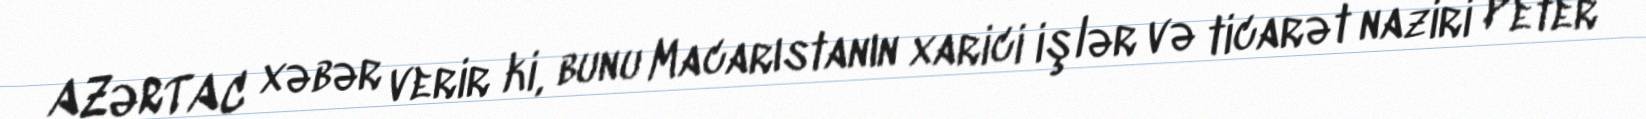
AZƏRTAC xəbər verir ki, bunu Macarıstanın xarici işlər və ticarət naziri Peter